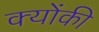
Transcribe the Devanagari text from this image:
क्‍योंकी